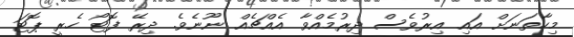
މިހާތަނަށް އައި އިރުވެސް ދިރުމެއްވާ އެއްޗެއް ނޫނެވެ. ދިރޭ ފޮޓޯ ހެރީ ޕޮޓަ